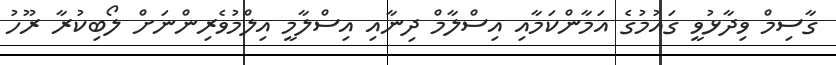
ގާސިމް ވިދާޅުވީ ގައުމުގެ އަމާންކަމާއި އިސްލާމް ދިނާއި އިސްލާމީ އިލްމުވެރިންނަށް ލޯބިކުރާ ރޫހު